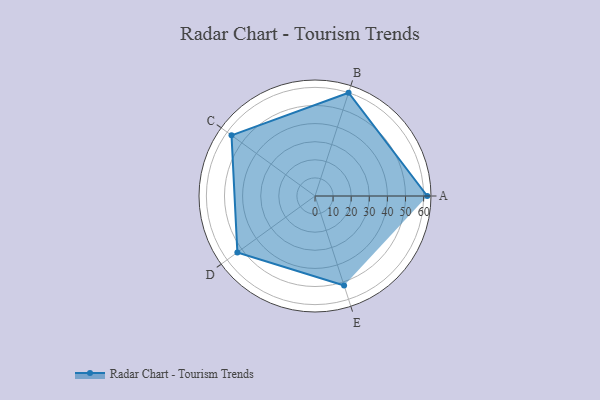
{"axis": {"x": "Skill", "y": "Score"}, "legend": ["Profile"], "data": [{"x": "A", "y": 62.0, "type": "Profile"}, {"x": "B", "y": 60.0, "type": "Profile"}, {"x": "C", "y": 57.0, "type": "Profile"}, {"x": "D", "y": 53.0, "type": "Profile"}, {"x": "E", "y": 52.0, "type": "Profile"}]}